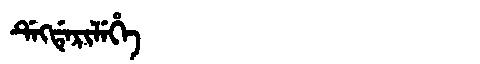
Manchu: ᡩᡝᡴᡩᡝᡵᡳᠯᡝᡥᡝ
Romanization: DEKDERILEHE